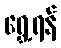
ရွှေ့ရန်